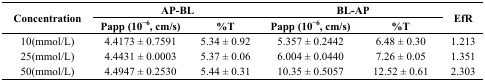
<table><thead><tr><td rowspan="3"><b>Concentration</b></td><td colspan="2"><b>AP-BL</b></td><td colspan="2"><b>BL-AP</b></td><td rowspan="3"><b>EfR</b></td></tr><tr><td><b>Papp (10<sup>−6</sup>, cm/s)</b></td><td><b>%T</b></td><td><b>Papp (10<sup>−6</sup>, cm/s)</b></td><td><b>%T</b></td></tr></thead><tbody><tr><td>10(mmol/L)</td><td>4.4173 ± 0.7591</td><td>5.34 ± 0.92</td><td>5.357 ± 0.2442</td><td>6.48 ± 0.30</td><td>1.213</td></tr><tr><td>25(mmol/L)</td><td>4.4431 ± 0.0003</td><td>5.37 ± 0.06</td><td>6.004 ± 0.0440</td><td>7.26 ± 0.05</td><td>1.351</td></tr><tr><td>50(mmol/L)</td><td>4.4947 ± 0.2530</td><td>5.44 ± 0.31</td><td>10.35 ± 0.5057</td><td>12.52 ± 0.61</td><td>2.303</td></tr></tbody></table>